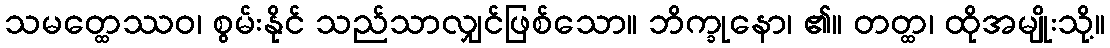
သမတ္ထေဿဝ၊ စွမ်းနိုင် သည်သာလျှင်ဖြစ်သော။ ဘိက္ခုနော၊ ၏။ တတ္ထ၊ ထိုအမျိုးသို့။